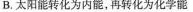
B.太阳能转化为内能，再转化为化学能